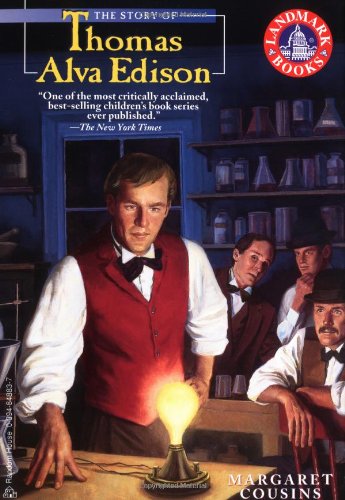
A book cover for The Story of Thomas Alva Edison (Landmark Books); Margaret Cousins; Children's Books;